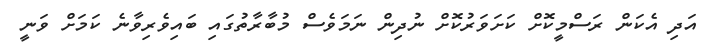
އަދި އެކަން ރަސްމީކޮށް ކަށަވަރުކޮށް ނުދިން ނަމަވެސް މުބާރާތުގައި ބައިވެރިވާނެ ކަމަށް ވަނީ